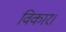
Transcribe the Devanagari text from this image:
विकार।